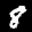
Label: 8